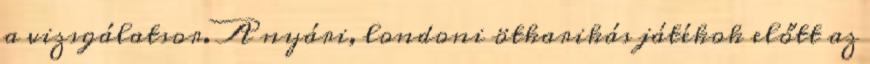
a vizsgálatsor. A nyári, londoni ötkarikás játékok előtt az